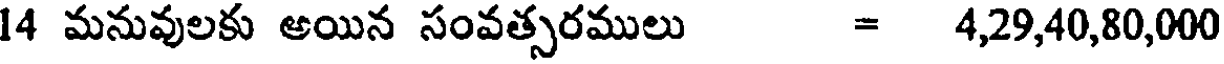
14 మనువులకు అయిన సంవత్సరములు = 4,29,40,80,000